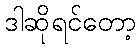
ဒါဆိုရင်တော့